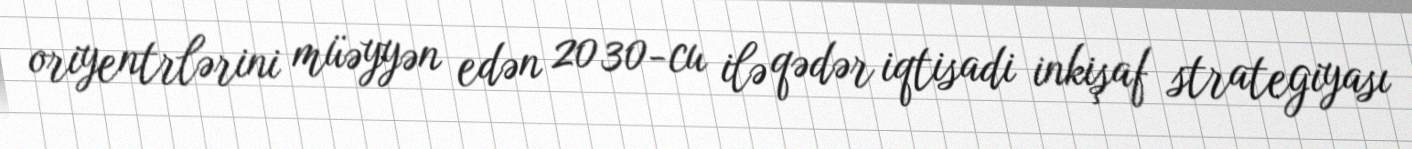
oriyentrlərini müəyyən edən 2030-cu ilə qədər iqtisadi inkişaf strategiyası